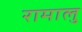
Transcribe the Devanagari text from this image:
रामालु